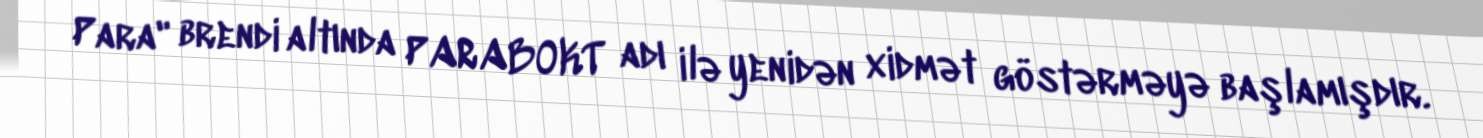
Para" brendi altında PARABOKT adı ilə yenidən xidmət göstərməyə başlamışdır.